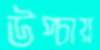
উপ্‌চায়